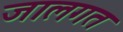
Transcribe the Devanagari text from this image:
जालगत